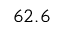
6 2 . 6